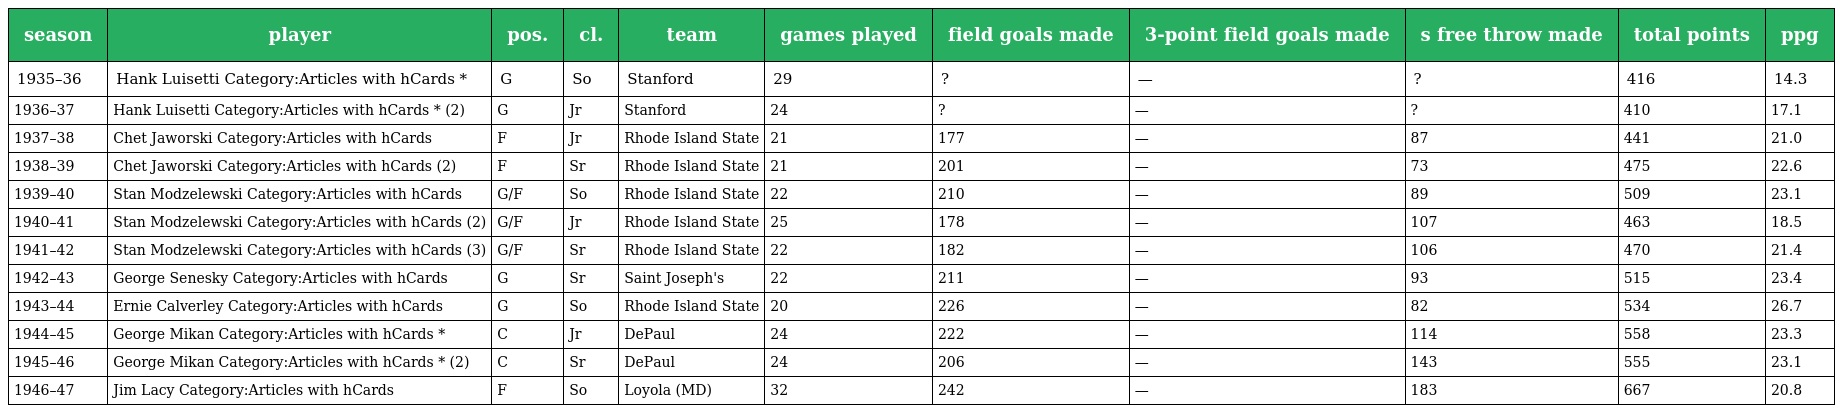
| season | player | pos. | cl. | team | games played | field goals made | 3-point field goals made | s free throw made | total points | ppg |
 | --- | --- | --- | --- | --- | --- | --- | --- | --- | --- | --- |
 | 1935–36 | Hank Luisetti Category:Articles with hCards * | G | So | Stanford | 29 | ? | — | ? | 416 | 14.3 |
 | 1936–37 | Hank Luisetti Category:Articles with hCards * (2) | G | Jr | Stanford | 24 | ? | — | ? | 410 | 17.1 |
 | 1937–38 | Chet Jaworski Category:Articles with hCards | F | Jr | Rhode Island State | 21 | 177 | — | 87 | 441 | 21.0 |
 | 1938–39 | Chet Jaworski Category:Articles with hCards (2) | F | Sr | Rhode Island State | 21 | 201 | — | 73 | 475 | 22.6 |
 | 1939–40 | Stan Modzelewski Category:Articles with hCards | G/F | So | Rhode Island State | 22 | 210 | — | 89 | 509 | 23.1 |
 | 1940–41 | Stan Modzelewski Category:Articles with hCards (2) | G/F | Jr | Rhode Island State | 25 | 178 | — | 107 | 463 | 18.5 |
 | 1941–42 | Stan Modzelewski Category:Articles with hCards (3) | G/F | Sr | Rhode Island State | 22 | 182 | — | 106 | 470 | 21.4 |
 | 1942–43 | George Senesky Category:Articles with hCards | G | Sr | Saint Joseph's | 22 | 211 | — | 93 | 515 | 23.4 |
 | 1943–44 | Ernie Calverley Category:Articles with hCards | G | So | Rhode Island State | 20 | 226 | — | 82 | 534 | 26.7 |
 | 1944–45 | George Mikan Category:Articles with hCards * | C | Jr | DePaul | 24 | 222 | — | 114 | 558 | 23.3 |
 | 1945–46 | George Mikan Category:Articles with hCards * (2) | C | Sr | DePaul | 24 | 206 | — | 143 | 555 | 23.1 |
 | 1946–47 | Jim Lacy Category:Articles with hCards | F | So | Loyola (MD) | 32 | 242 | — | 183 | 667 | 20.8 |